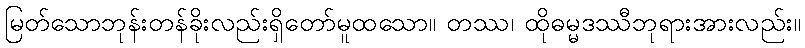
မြတ်သောဘုန်းတန်ခိုးလည်းရှိတော်မူထသော။ တဿ၊ ထိုဓမ္မဒဿီဘုရားအားလည်း။